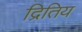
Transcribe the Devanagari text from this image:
द्रितिय